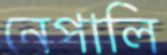
নেপালি